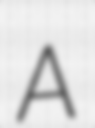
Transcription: A